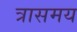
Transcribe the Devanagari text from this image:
त्रासमय